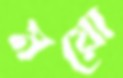
ময়ো